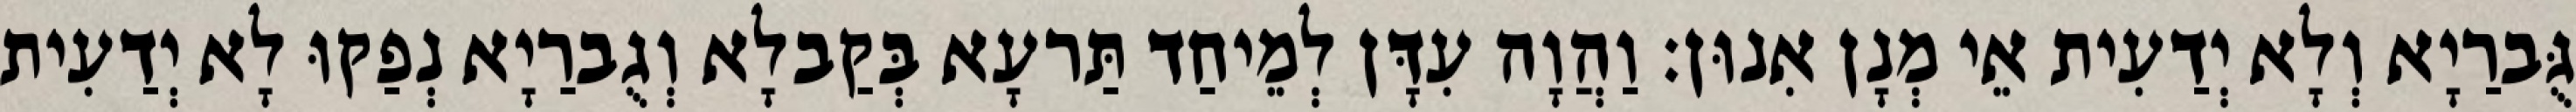
גֻּברַיָא וְלָא יְדַעִית אֵי מְנָן אִנוּן׃ וַהֲוָה עִדָּן לְמֵיחַד תַּרעָא בְּקַבלָא וְגֻברַיָא נְפַקוּ לָא יְדַעִית